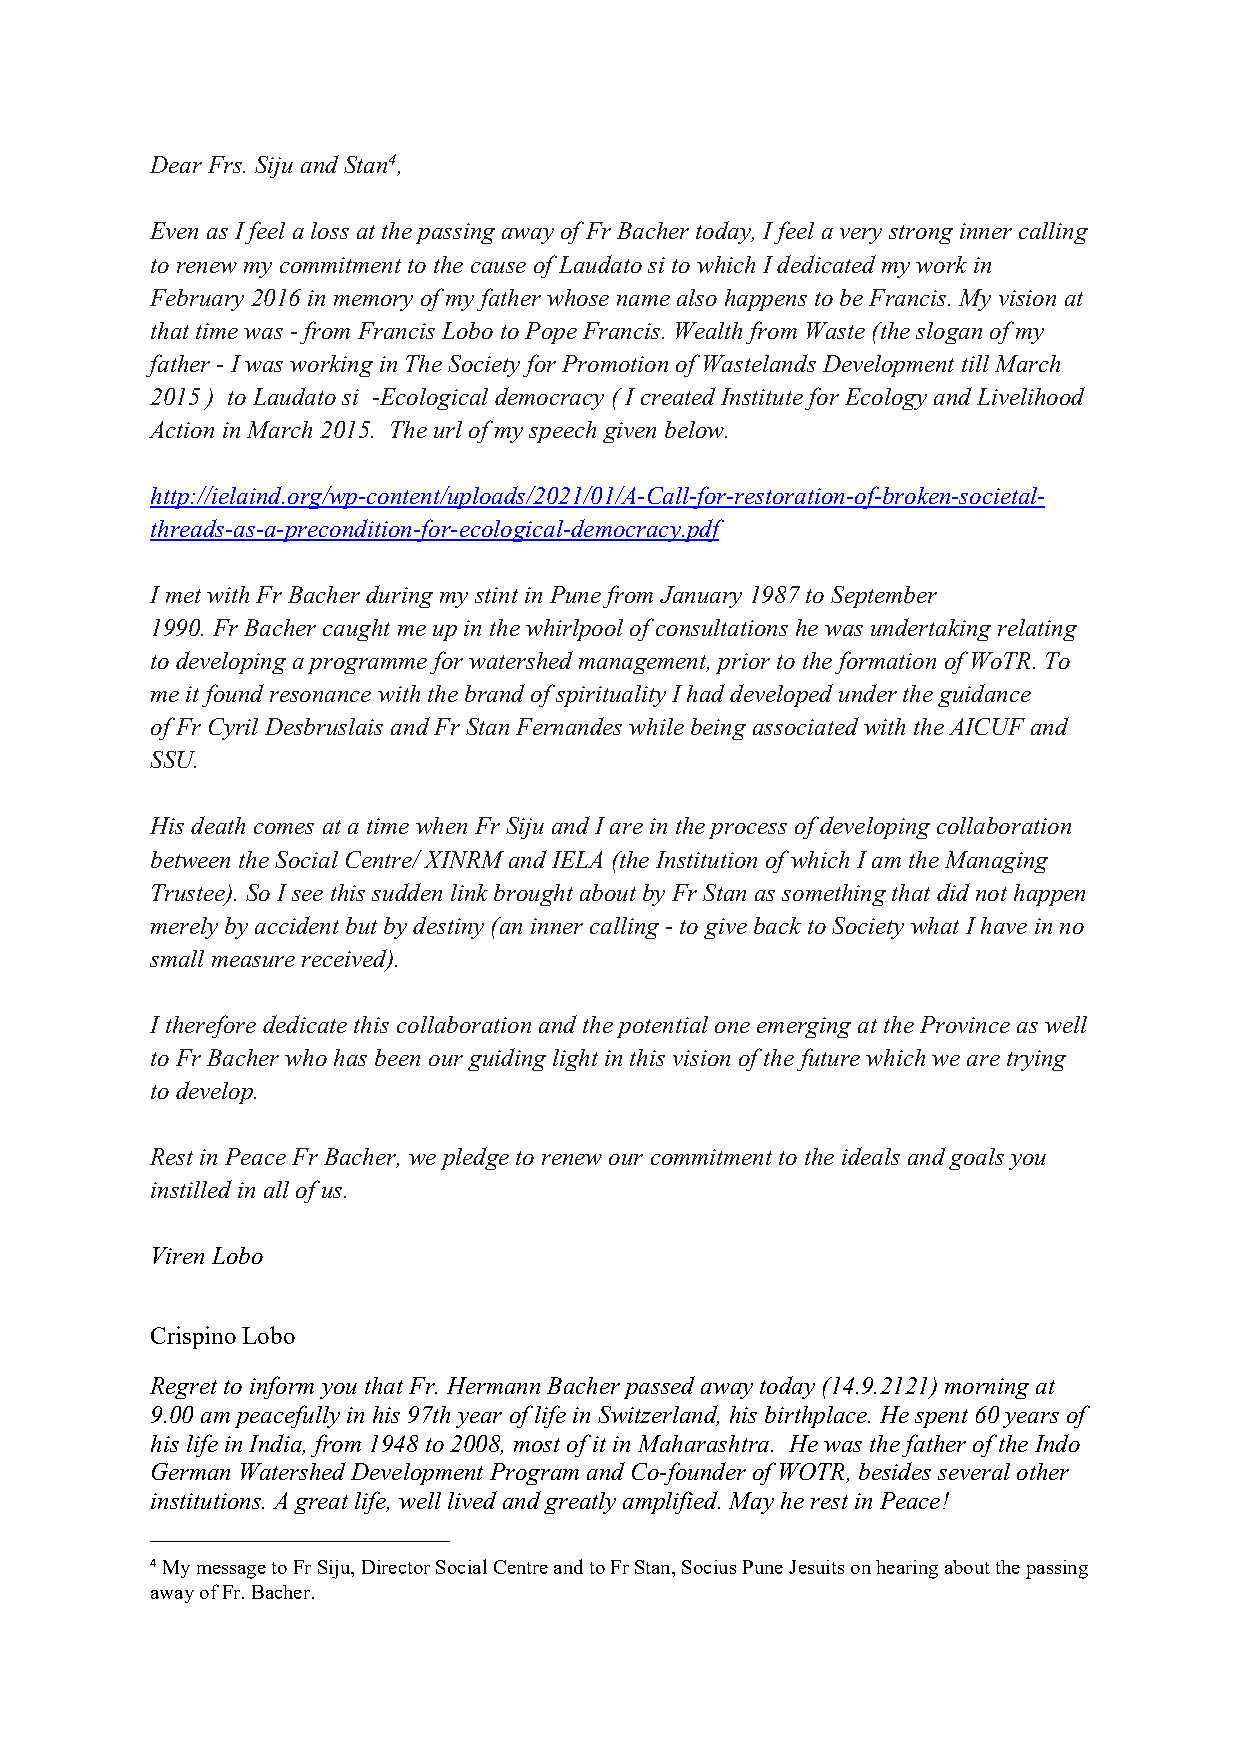
Dear Frs. Siju andStan4,
 Even as Ifeel aloss at thepassingawayof Fr Bacher today, Ifeel avery stronginner calling
 torenew my commitment to thecause of Laudatosi to which Idedicated myworkin
 February2016in memory of my father whosenamealso happens to be Francis.My vision at
 thattimewas -fromFrancis Lobo to PopeFrancis. Wealth fromWaste(theslogan of my
 father -Iwas working inTheSociety for Promotion ofWastelands Development tillMarch
 2015) to Laudatosi -Ecological democracy ( Icreated Institutefor Ecology andLivelihood
 Action in March 2015. Theurl of myspeechgiven below.
 http://ielaind.org/wp-content/uploads/2021/01/A-Call-for-restoration-of-broken-societal-
 threads-as-a-precondition-for-ecological-democracy.pdf
 Imet with Fr Bacher during my stintin PunefromJanuary 1987to September
 1990.Fr Bacher caught meupin thewhirlpoolof consultationshe wasundertaking relating
 todeveloping aprogramme for watershed management, priorto theformation of WoTR. To
 meit found resonance withthebrand of spiritualityIhaddeveloped underthe guidance
 ofFr Cyril Desbruslais andFr Stan Fernandes whilebeing associated with theAICUF and
 SSU.
 His death comes at atimewhen Fr SijuandI arein theprocess ofdeveloping collaboration
 between the Social Centre/ XINRMandIELA (the Institutionof which Iam theManaging
 Trustee). SoIsee this sudden linkbroughtabout by Fr Stanas something that did not happen
 merely byaccident but bydestiny(an inner calling- to giveback to Societywhat Ihave in no
 small measurereceived).
 Itherefore dedicatethis collaborationandthe potentialoneemerging at theProvince as well
 toFr Bacher whohas been our guidinglight inthis vision ofthe futurewhich weare trying
 todevelop.
 Rest in Peace Fr Bacher,wepledgetorenew our commitment totheideals andgoals you
 instilled in allof us.
 Viren Lobo
 CrispinoLobo
 Regret to informyou that Fr. HermannBacher passed awaytoday (14.9.2121)morning at
 9.00ampeacefullyin his97th year of lifein Switzerland,his birthplace. He spent 60years of
 his lifein India, from1948to 2008,most of itin Maharashtra. He was thefather of theIndo
 German Watershed Development ProgramandCo-founder of WOTR, besides several other
 institutions.Agreat life,well lived andgreatlyamplified. May herest in Peace!
 4MymessagetoFrSiju,DirectorSocialCentreandtoFrStan,SociusPuneJesuitsonhearingaboutthepassing
 awayofFr.Bacher.